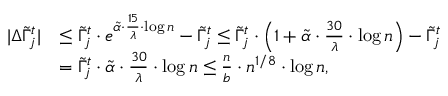
\begin{array} { r l } { | \Delta \tilde { \Gamma } _ { j } ^ { t } | } & { \leq \tilde { \Gamma } _ { j } ^ { t } \cdot e ^ { \tilde { \alpha } \cdot \frac { 1 5 } { \lambda } \cdot \log n } - \tilde { \Gamma } _ { j } ^ { t } \leq \tilde { \Gamma } _ { j } ^ { t } \cdot \Big ( 1 + \tilde { \alpha } \cdot \frac { 3 0 } { \lambda } \cdot \log n \Big ) - \tilde { \Gamma } _ { j } ^ { t } } \\ & { = \tilde { \Gamma } _ { j } ^ { t } \cdot \tilde { \alpha } \cdot \frac { 3 0 } { \lambda } \cdot \log n \leq \frac { n } { b } \cdot n ^ { 1 / 8 } \cdot \log n , } \end{array}